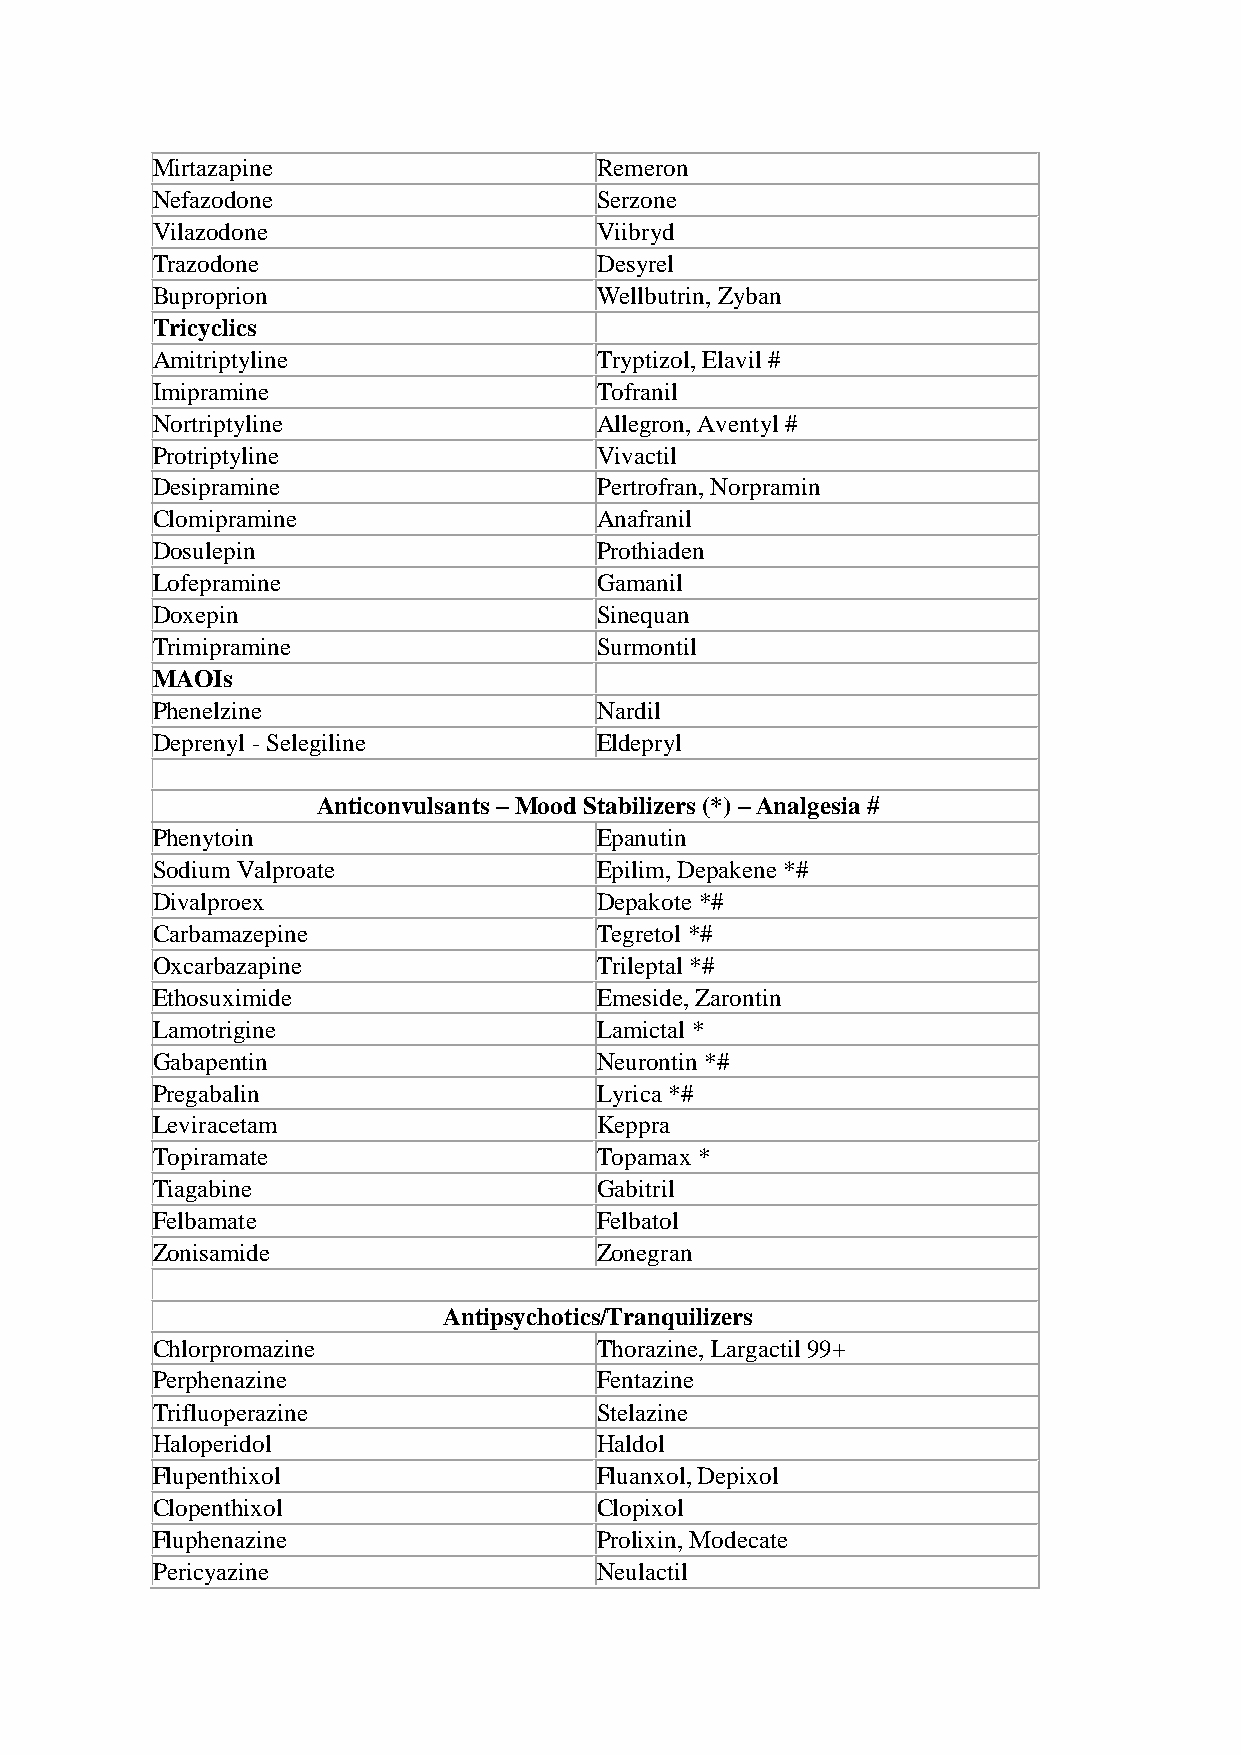
Mirtazapine                  Remeron
 Nefazodone                   Serzone
 Vilazodone                   Viibryd
 Trazodone                    Desyrel
 Buproprion                   Wellbutrin, Zyban
 Tricyclics
 Amitriptyline                Tryptizol, Elavil #
 Imipramine                   Tofranil
 Nortriptyline                Allegron, Aventyl #
 Protriptyline                Vivactil
 Desipramine                  Pertrofran, Norpramin
 Clomipramine                 Anafranil
 Dosulepin                    Prothiaden
 Lofepramine                  Gamanil
 Doxepin                      Sinequan
 Trimipramine                 Surmontil
 MAOIs
 Phenelzine                   Nardil
 Deprenyl - Selegiline        Eldepryl
 Anticonvulsants – Mood Stabilizers (*) – Analgesia #
 Phenytoin                    Epanutin
 Sodium Valproate             Epilim, Depakene *#
 Divalproex                   Depakote *#
 Carbamazepine                Tegretol *#
 Oxcarbazapine                Trileptal *#
 Ethosuximide                 Emeside, Zarontin
 Lamotrigine                  Lamictal *
 Gabapentin                   Neurontin *#
 Pregabalin                   Lyrica *#
 Leviracetam                  Keppra
 Topiramate                   Topamax *
 Tiagabine                    Gabitril
 Felbamate                    Felbatol
 Zonisamide                   Zonegran
 Antipsychotics/Tranquilizers
 Chlorpromazine               Thorazine, Largactil 99+
 Perphenazine                 Fentazine
 Trifluoperazine              Stelazine
 Haloperidol                  Haldol
 Flupenthixol                 Fluanxol, Depixol
 Clopenthixol                 Clopixol
 Fluphenazine                 Prolixin, Modecate
 Pericyazine                  Neulactil